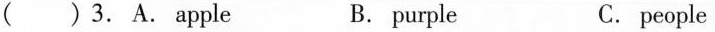
( )3. A. Apple B. purple C.people